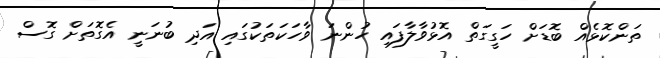
ތަންކޮޅެއް ބޮޑަށް ހަގީގަތް އޮޅުވާލާފައި ހުންނަ ވާހަކަތަކުގައި އަދި ބުނަނީ އެގޮތަށް ގޮސް